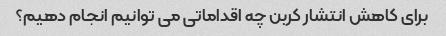
برای کاهش انتشار کربن چه اقداماتی می توانیم انجام دهیم؟